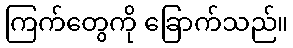
ကြက်တွေကို ခြောက်သည်။